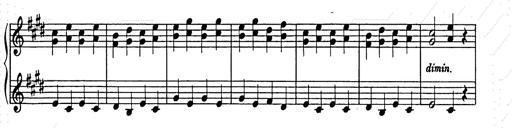
Title: Weihnachtsbaum
Composer: Franz Liszt